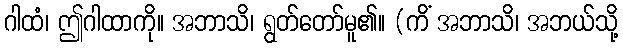
ဂါထံ၊ ဤဂါထာကို။ အဘာသိ၊ ရွတ်တော်မူ၏။ (ကိံ အဘာသိ၊ အဘယ်သို့